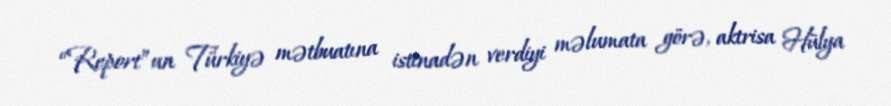
“Report”un Türkiyə mətbuatına istinadən verdiyi məlumata görə, aktrisa Hülya